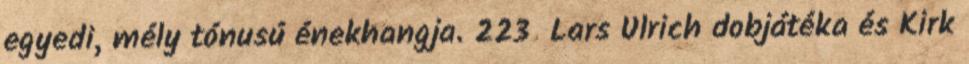
egyedi, mély tónusú énekhangja. 223 Lars Ulrich dobjátéka és Kirk